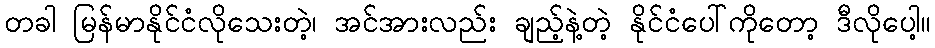
တခါ မြန်မာနိုင်ငံလိုသေးတဲ့၊ အင်အားလည်း ချည့်နဲ့တဲ့ နိုင်ငံပေါ်ကိုတော့ ဒီလိုပေါ့။